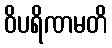
ဝိပရိဏမတိ